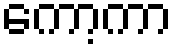
ကော့ကာ